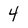
Character: 4